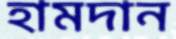
হামদান